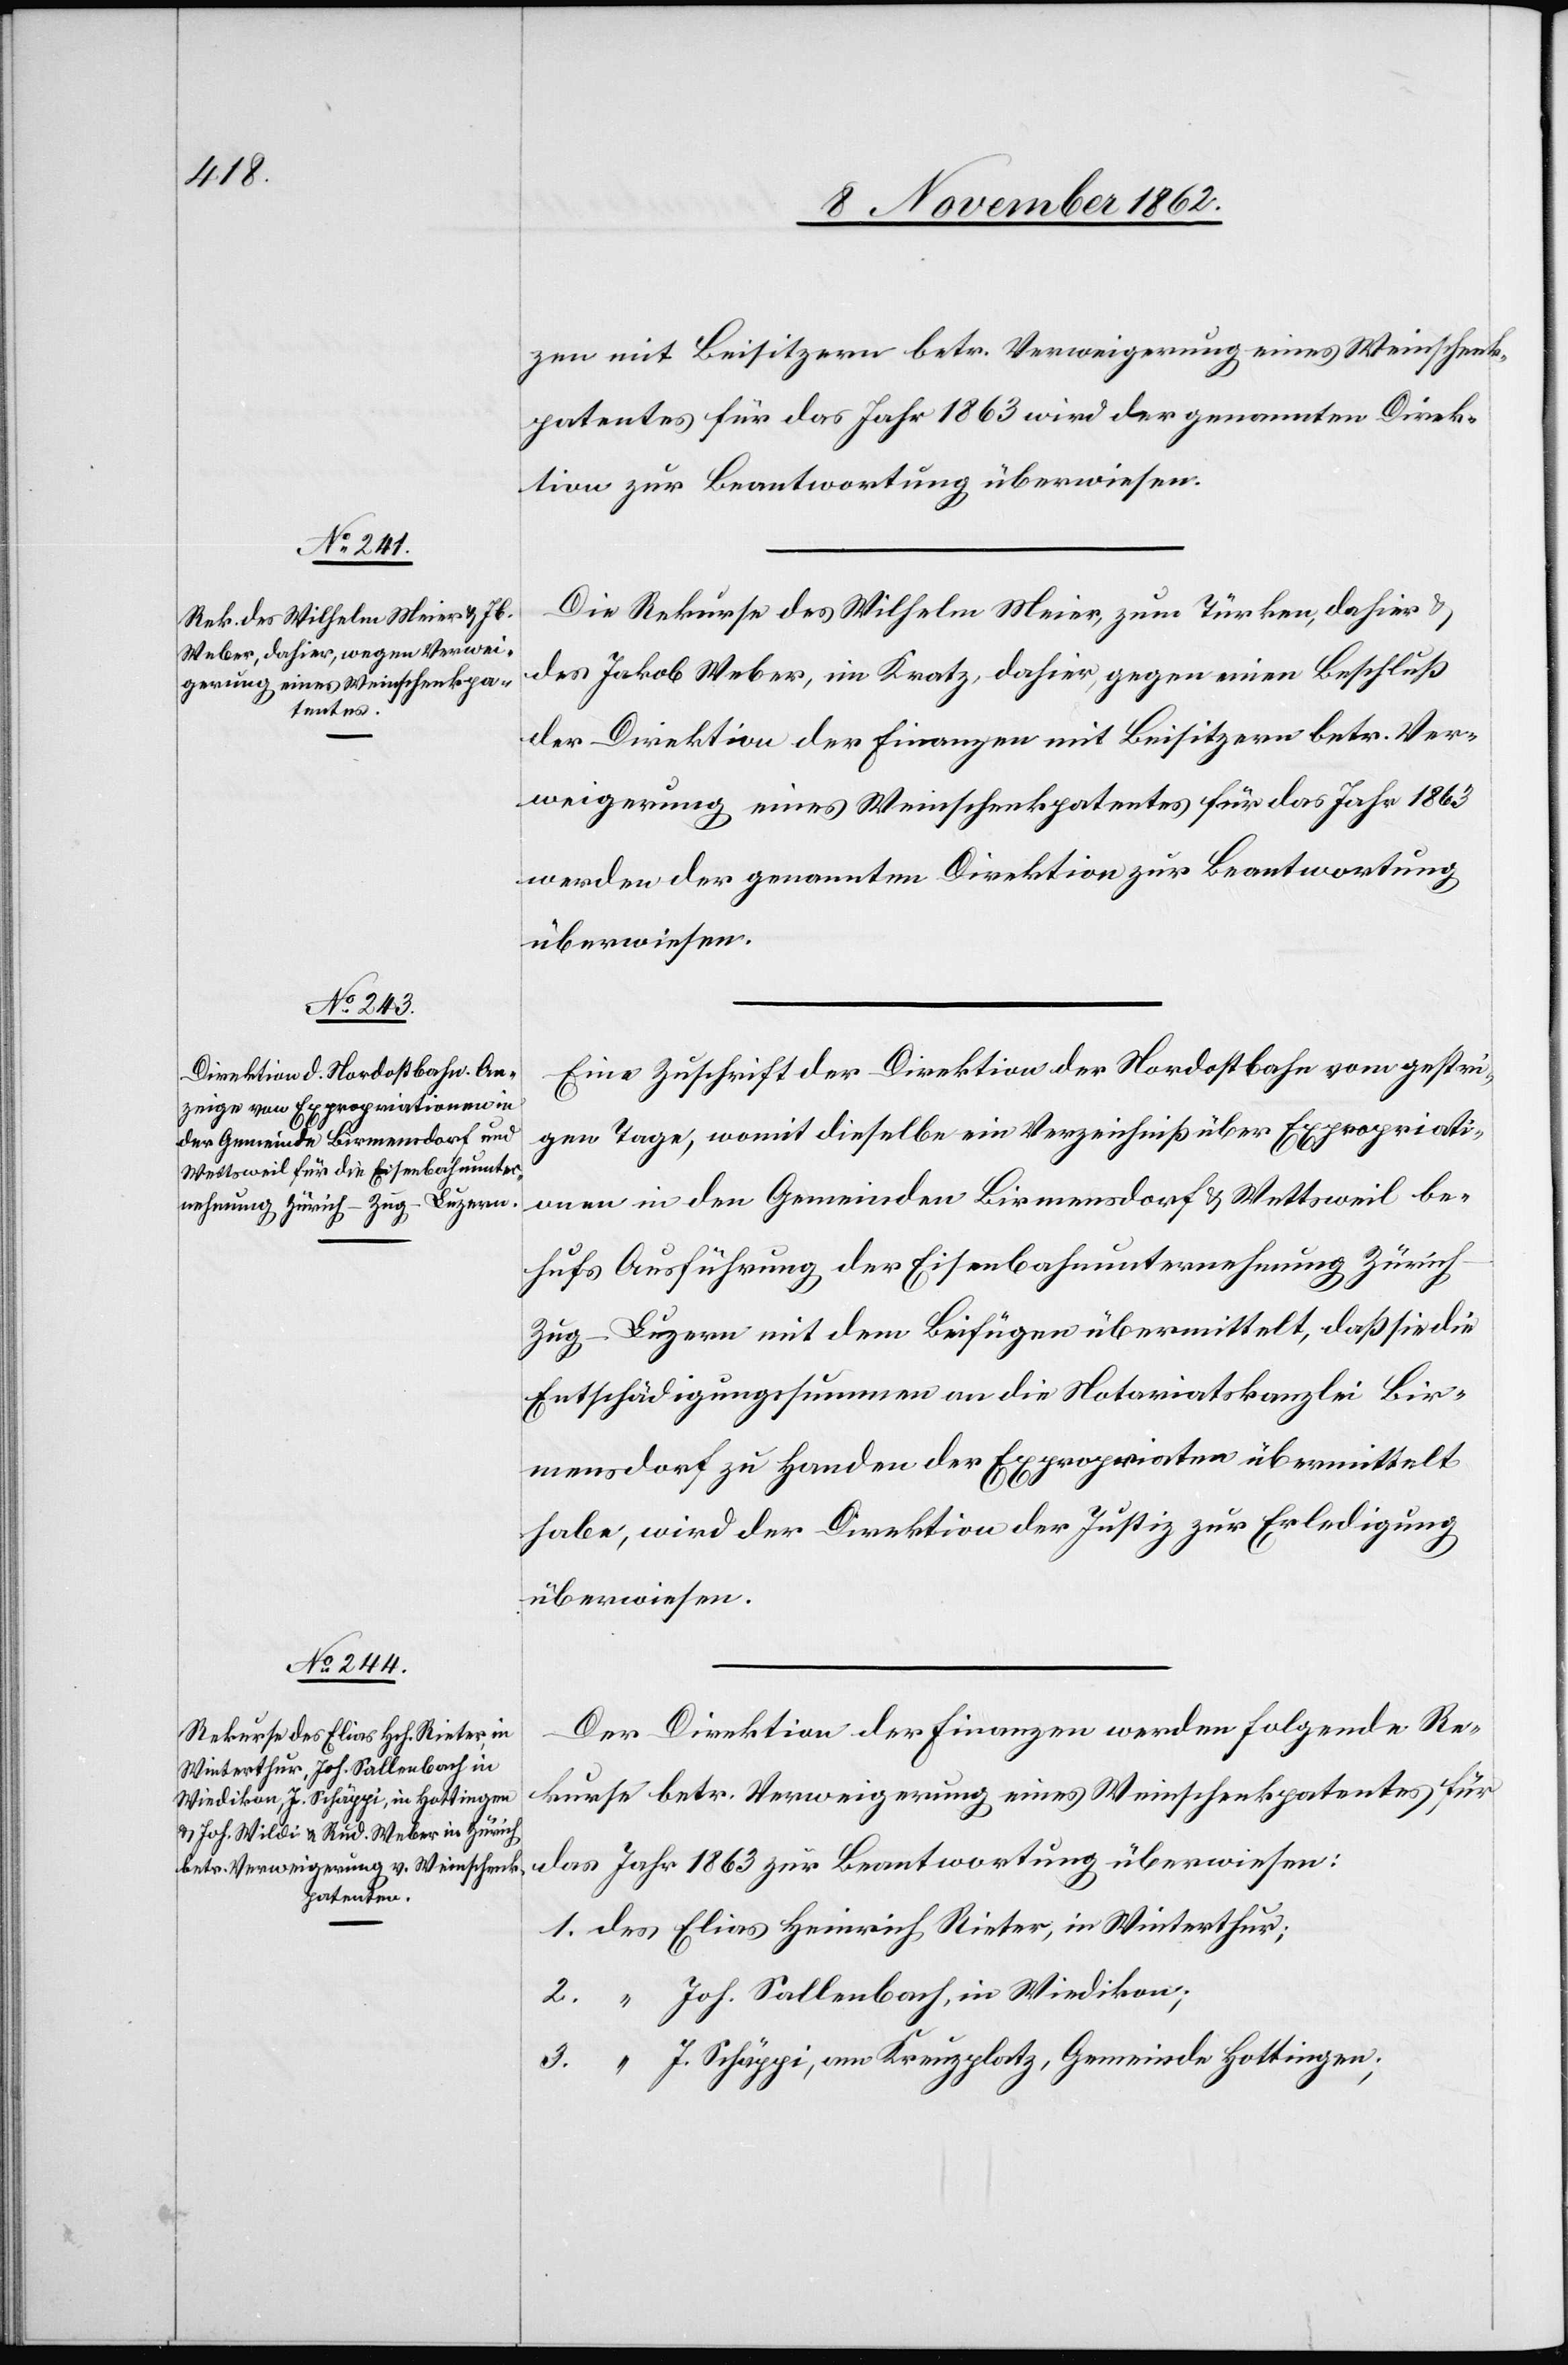
1.

13. November 1862]
zen mit Beisitzern betr. Verweigerung eines Weinschenk¬
patentes für das Jahr 1863 wird der genannten Direk¬
tion zur Beantwortung überwiesen.
Die Rekurse des Weilhelm Meier, zum Türken, dahier u.
des Jakob Weber, im Kratz, dahier, gegen einen Beschluß
der Direktion der Finanzen mit Beisitzern betr. Ver¬
weigerung eines Weinschenkpatentes für das Jahr 1863
werden der genannten Direktion zur Beantwortung
überwiesen.
Eine Zuschrift der Direktion der Nordostbahn vom gestri¬
gen Tage, womit dieselbe ein Verzeichniß über Expropriati¬
onen in den Gemeinden Birmensdorf u. Wettsweil be¬
hufs Ausführung der Eisenbahnunternehmung Züric¬
h–Zug–Luzern mit dem Beifügen übermittelt, daß sie die
Entschädigungssummen an die Notariatskanzlei Bir¬
mensdorf zu Handen der Expropriaten übermittelt
habe, wird der Direktion der Justiz zur Erledigung
überwiesen.
Der Direktion der Finanzen werden folgende Re¬
kurse betr. Verweigerung eines Weinschenkpatentes für
das Jahr 1863 zur Beantwortung überwiesen:
Joh. Sallenbach, in Wiedikon;
J. Schäppi, am Kreuzplatz, Gemeinde Hottingen;